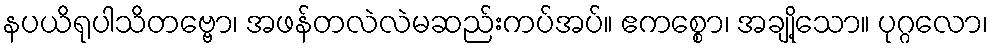
နပယိရုပါသိတဗ္ဗော၊ အဖန်တလဲလဲမဆည်းကပ်အပ်။ ဧကစ္စော၊ အချို့သော။ ပုဂ္ဂလော၊